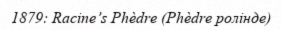
1879: Racine’s Phèdre (Phèdre ролінде)